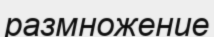
размножение